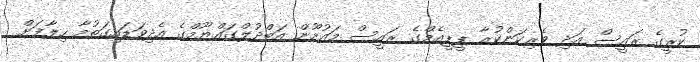
ކުރީގެ ރައީސް އަދި ވެރިކަންކުރާ ޕީޕީއެމްގެ ރައީސް މައުމޫން އަބްދުލްގައްޔޫމްގެ އެދިވަޑައިގަތުމާ ހިލާފަށް